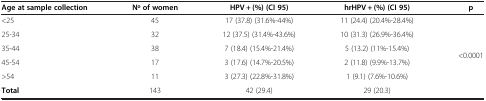
<table><thead><tr><td><b>Age at sample collection</b></td><td><b>No of women</b></td><td><b>HPV + (%) (CI 95)</b></td><td><b>hrHPV + (%) (CI 95)</b></td><td><b>p</b></td></tr></thead><tbody><tr><td>&lt;25</td><td>45</td><td>17 (37.8) (31.6%-44%)</td><td>11 (24.4) (20.4%-28.4%)</td><td rowspan="6">&lt;0.0001</td></tr><tr><td>25-34</td><td>32</td><td>12 (37.5) (31.4%-43.6%)</td><td>10 (31.3) (26.9%-36.4%)</td></tr><tr><td>35-44</td><td>38</td><td>7 (18.4) (15.4%-21.4%)</td><td>5 (13.2) (11%-15.4%)</td></tr><tr><td>45-54</td><td>17</td><td>3 (17.6) (14.7%-20.5%)</td><td>2 (11.8) (9.9%-13.7%)</td></tr><tr><td>&gt;54</td><td>11</td><td>3 (27.3) (22.8%-31.8%)</td><td>1 (9.1) (7.6%-10.6%)</td></tr><tr><td><b>Total</b></td><td>143</td><td>42 (29.4)</td><td>29 (20.3)</td></tr></tbody></table>